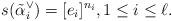
LaTeX: \begin{align*}s(\tilde \alpha_i^\vee) = [e_i]^{n_i}, 1 \leq i \leq \ell.\end{align*}